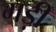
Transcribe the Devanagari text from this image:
मड़ी